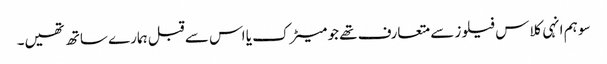
سو ہم انہی کلاس فیلوز سے متعارف تھے جو میٹرک یا اس سے قبل ہمارے ساتھ تھیں۔